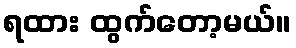
ရထား ထွက်တော့မယ်။